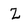
Character: Z